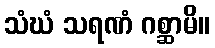
သံဃံ သရဏံ ဂစ္ဆာမိ။